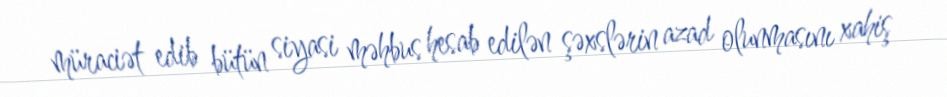
müraciət edib bütün siyasi məhbus hesab edilən şəxslərin azad olunmasını xahiş